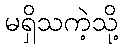
မရှိသကဲ့သို့